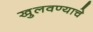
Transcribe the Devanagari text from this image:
खुलवण्याचे